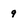
Character: 9